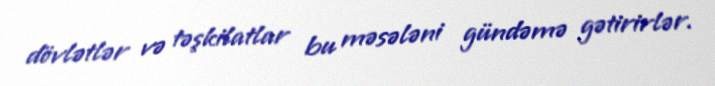
dövlətlər və təşkilatlar bu məsələni gündəmə gətirirlər.